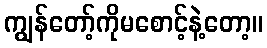
ကျွန်တော့်ကိုမစောင့်နဲ့တော့။